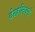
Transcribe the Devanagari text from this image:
देखलिअई